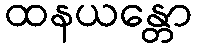
ထနယန္တော